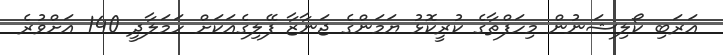
އަރަބި ކޯލިޝަނުން މިހަފްތާގެ ކުރީކޮޅު ޔަމަންގެ ޖަނާޒާ ފޭލިގެއަކަށް ހަމަލާދީ 140 އަށްވުރެ